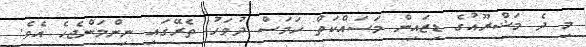
މި ދެ މަޝްރޫއުގެ ޑިޒައިން މަސައްކަތް ހަމަސް ދުވަހު ތެރޭގައި ނިންމަންޖެހެ އެވެ.